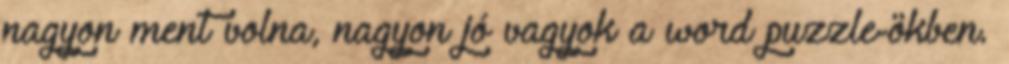
nagyon ment volna, nagyon jó vagyok a word puzzle-ökben.